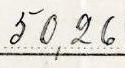
50,26